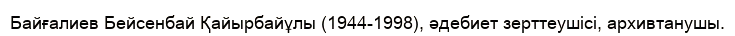
Байғалиев Бейсенбай Қайырбайұлы (1944-1998), әдебиет зерттеушісі, архивтанушы.